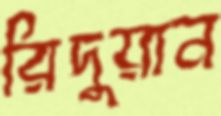
রিদুয়ান